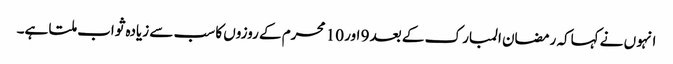
انہو ں نے کہاکہ رمضان المبار ک کے بعد 9 اور 10 محرم کے روزوں کا سب سے زیادہ ثواب ملتا ہے۔